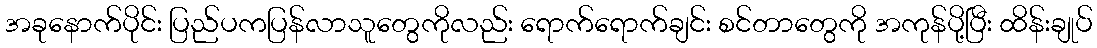
အခုနောက်ပိုင်း ပြည်ပကပြန်လာသူတွေကိုလည်း ရောက်ရောက်ချင်း စင်တာတွေကို အကုန်ပို့ပြီး ထိန်းချုပ်